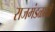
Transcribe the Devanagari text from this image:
राजमंडळाची